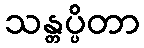
သန္တပ္ပိတာ